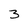
Character: 3